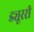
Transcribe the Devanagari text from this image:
ड्यूररी